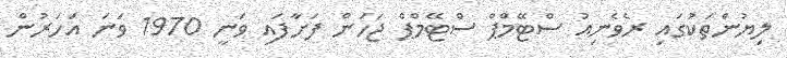
ލިޔުންތަކުގައި ރެވެނިއު ސްޓޭމްޕް ސްޓޭމްޕް ޖަހަން ފަށާފައި ވަނީ 1970 ވަނަ އަހަރުން